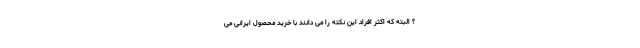
؟ البته که اکثر افراد این نکته را می دانند با خرید محصول ایرانی می